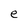
Character: e